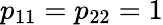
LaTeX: p_{11}=p_{22}=1